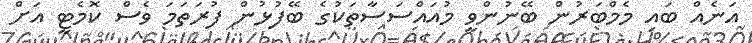
އަނެއް ބައި މެމްބަރުން ބޭނުންވީ މުއައްސަސާތަކުގެ ބޭފުޅުން ފުރަތަމަ ވެސް ކޮމެޓީ އަށް